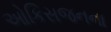
ઓકિસજનના